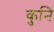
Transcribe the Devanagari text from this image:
कुनि